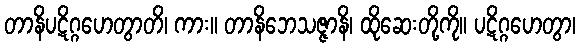
တာနိပဋိဂ္ဂဟေတွာတိ၊ ကား။ တာနိဘေသဇ္ဇာနိ၊ ထိုဆေးတို့ကို။ ပဋိဂ္ဂဟေတွာ၊